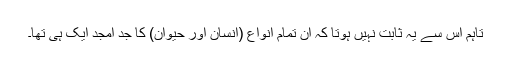
تاہم اس سے یہ ثابت نہیں ہوتا کہ ان تمام انواع (انسان اور حیوان) کا جدِ امجد ایک ہی تھا۔